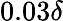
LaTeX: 0.03\delta